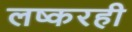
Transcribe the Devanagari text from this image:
लष्करही